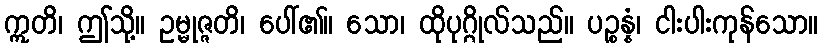
ဣတိ၊ ဤသို့။ ဥမ္မုဇ္ဇတိ၊ ပေါ်၏။ သော၊ ထိုပုဂ္ဂိုလ်သည်။ ပဉ္စန္နံ၊ ငါးပါးကုန်သော။